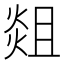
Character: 𭵞